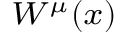
\scriptstyle W ^ { \mu } ( x )